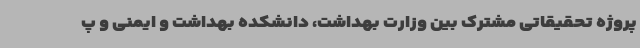
پروژه تحقیقاتی مشترک بین وزارت بهداشت، دانشکده بهداشت و ایمنی و پ